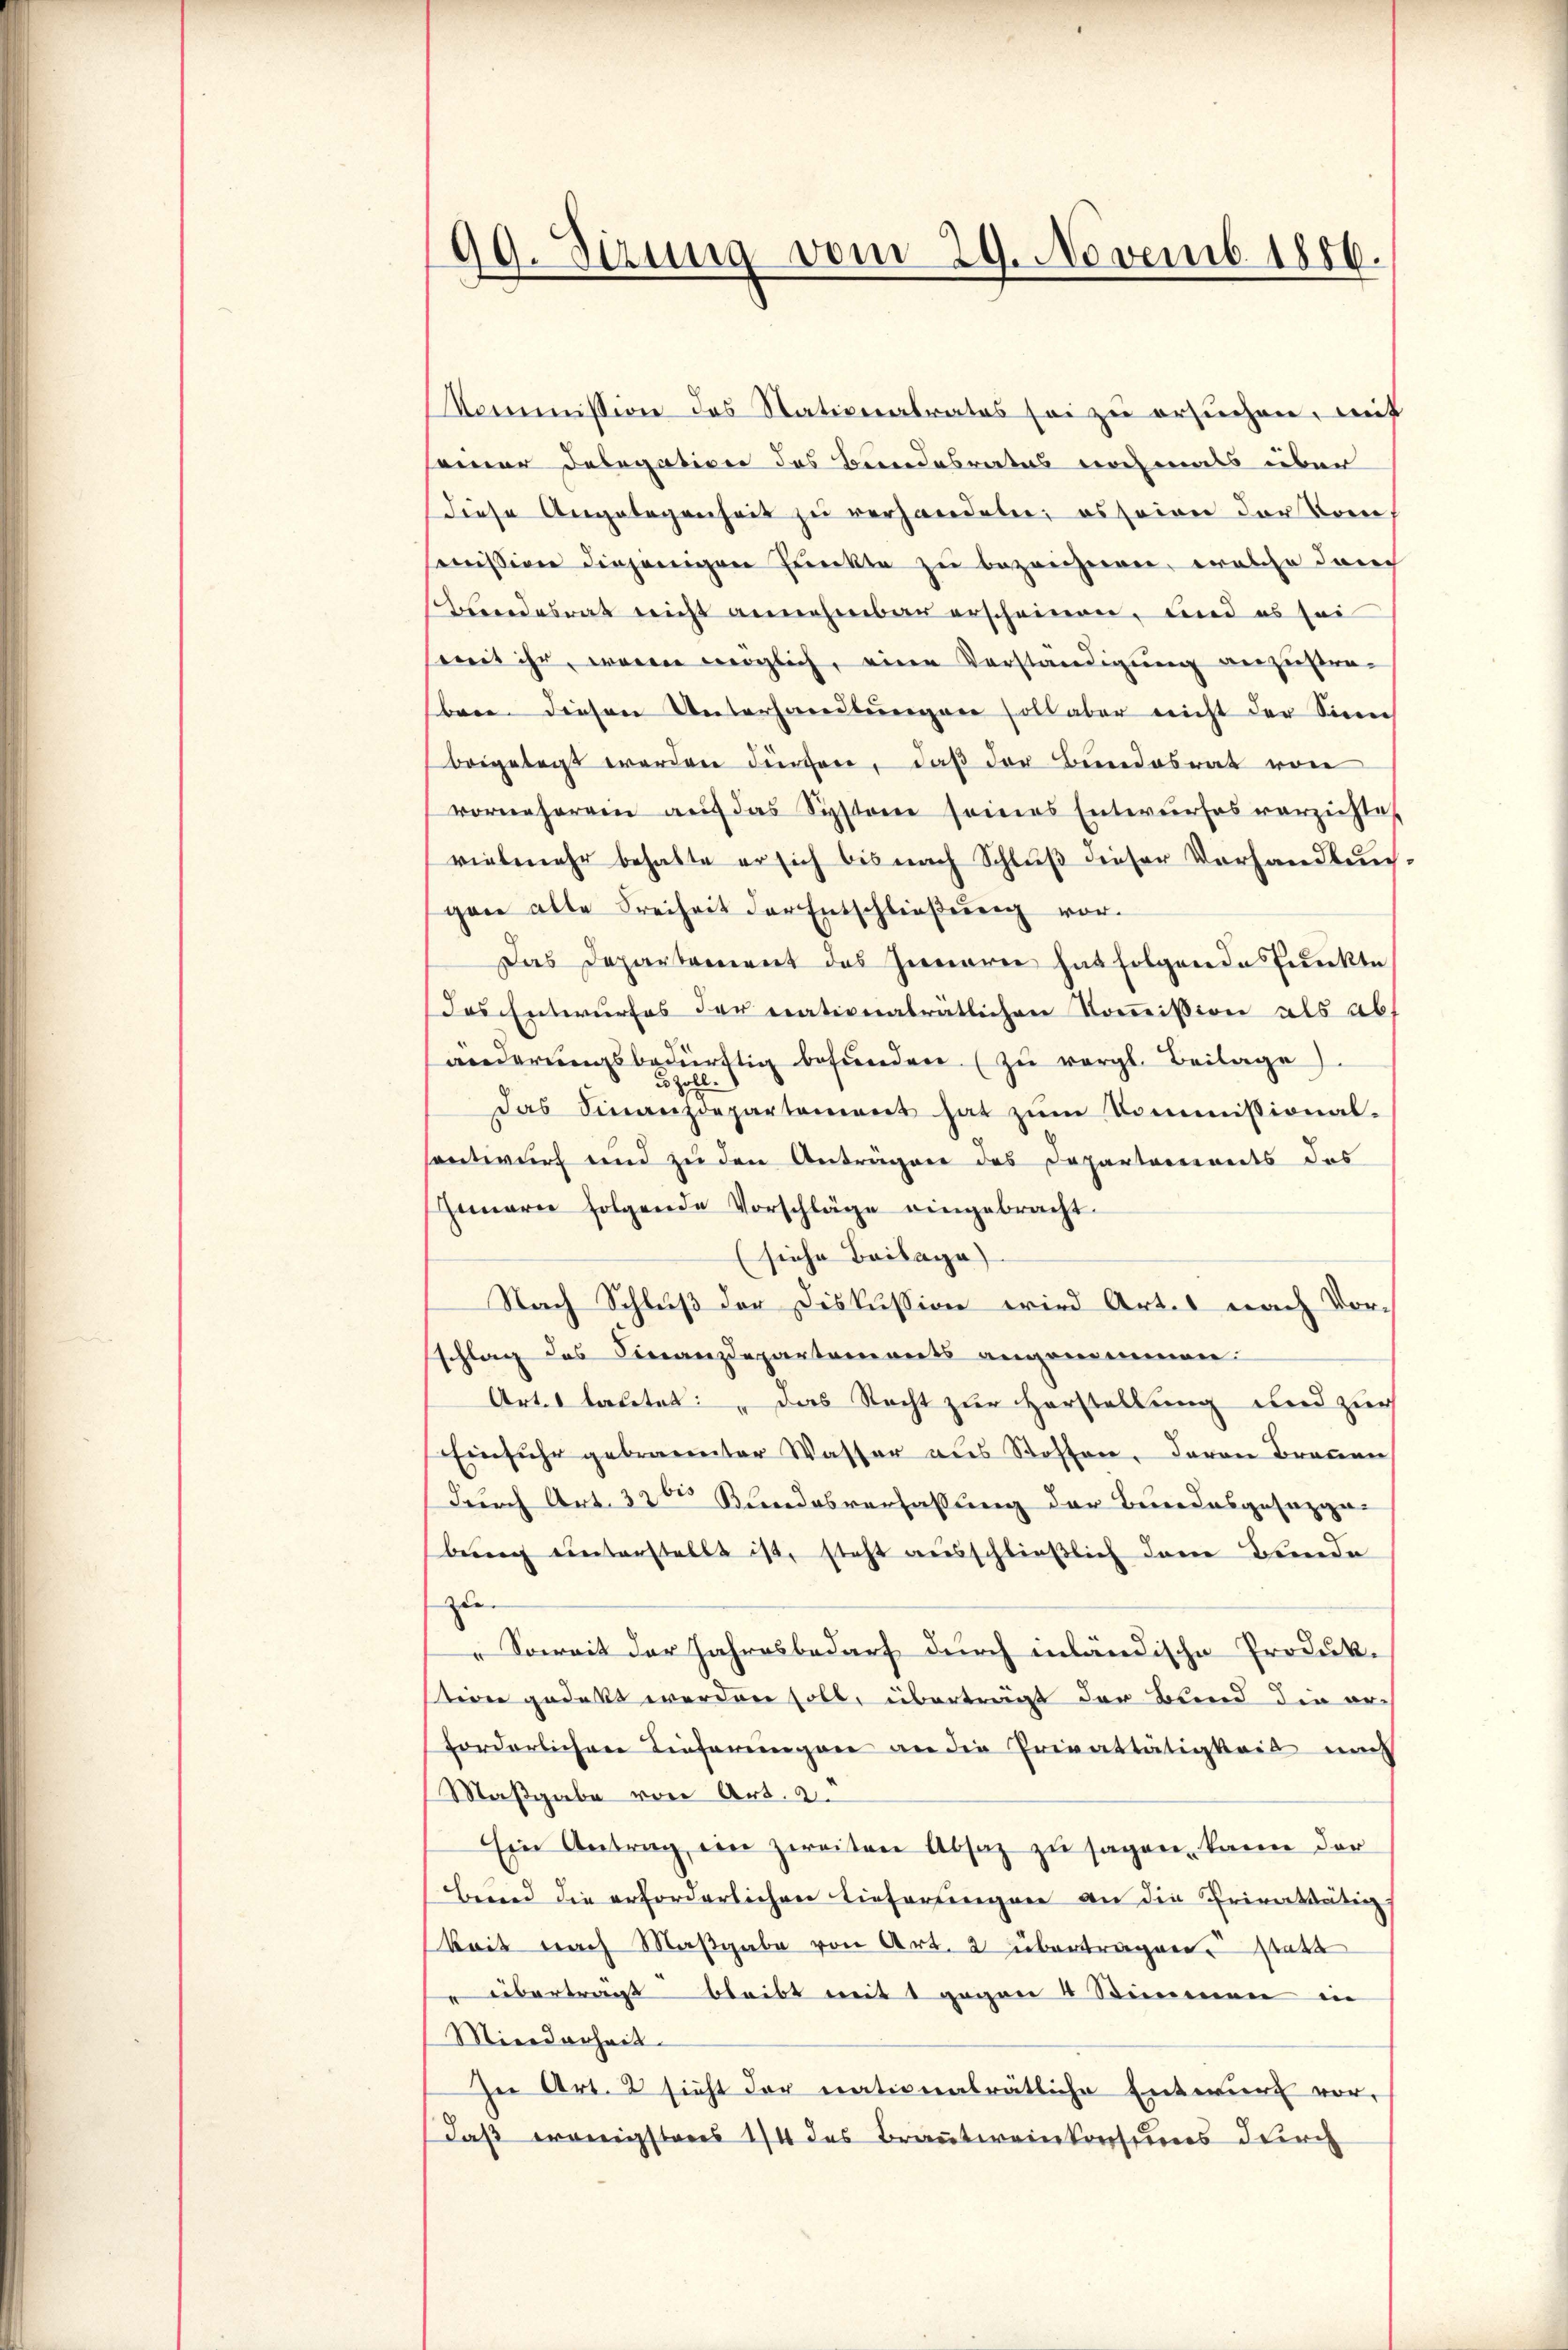
99. Sizung vom 29. Novemb. 1886.

Kommission des Stationalrates sei zu ersuchen, mit
seiner Delegation des Bundesrates nochmals über
Diese Angelegenheit zu verhandeln, es seien der Bern,
missione diejenigen Punkte zu bezeichnen, welche durch
Beendesrat nicht annehmbar erscheinen, und es sei
soweit ihr waren möglich, eine Vorständigung anzustraben diesen Unterhandlungen soll aber nicht der Sinn
beigelegt werden dürfen, daß der Bundesrat von
vornherein aŭf das Systeme seines Entwurfes verzichtes
vielmehr behalte er sich bis nach Schluß dieser Vorhandlung-
gen alte Freiheit der Entschließung vor.
Das Departement des Innerei hat folgende Punkte
das Entwurfes der nationalratlichen Kommission als ab.
änderungsbedürftig befŭnden (zu vergl. Beilage).
5 Zoll.
Das Finanzdepartement hat zŭm Kommissional-
entwurf und zu den Anträgen des Departariants des
Inmarie folgende Vorschläge eingebracht.
(siehe Beilage)
Nach Schluß der Diskussion wird Art. 1 nach Vorschlag des Finanzdepartements angenommen.
Art. 1 lautet: „Das Recht zur Herstellung und zur
Einfuhr gebrannter Wasser aus Stoffen, davon Broṅen
durch Art. 325 Kundesverfassung der Bundesgesezgen
bŭng unterstellt ist, steht ausschließlich dem Bunde
zu
Soweit der Jahresbedarf durch inländische Produk-
tion gedekt werden soll, überträgt der Bund die erforderlichen Lieferungen an die Privattätigkeit mus
Maßgabe von Art. 2.
Ein Antrag ein zweiten Absaz zu sagen, kann der
bend die erforderlichen Tiefertingen an die Privattätigs
keit nach Maßgabe von Art. 2 übertragen. Statt
" überträgt bleibt mit 1 gegen 4 Stimmen in
Miederheit
In Art. 2 sicht der nationalrätliche Entwurf vor-
Daß wenigstens 1/4 des Brautweinkonsums durch